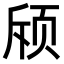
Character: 𬱘